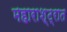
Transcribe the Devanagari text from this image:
महाराश्ट्रात